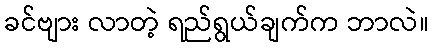
ခင်ဗျား လာတဲ့ ရည်ရွယ်ချက်က ဘာလဲ။